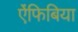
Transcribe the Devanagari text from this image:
ऐंफिबिया